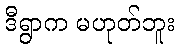
ဒီရွာက မဟုတ်ဘူး